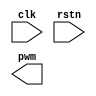
module pwn_gen (
    input   wire        clk     ,
    input   wire        rstn    ,

    output  wire        pwm
);

    parameter   MAX300  =   24'd1500_0000  ;
    parameter   Notes   =   6'd44          ;
    parameter   DO  	=   16'd47750	   ;//1
    parameter   RE  	=   16'd42550	   ;//2
    parameter   MI  	=   16'd37900	   ;//3
    parameter   FA  	=   16'd37550	   ;//4
    parameter   SO  	=   16'd31850	   ;//5
    parameter   LA      =   16'd28400	   ;//6
    parameter   XI      =   16'd25400	   ;//7
    
    reg     [23:0]      cnt_300     ;
    reg     [5:0]       cnt_note    ;
    reg     [15:0]      cnt_freq    ;
    reg     [5:0]       lut_data    ;

    always @(posedge clk or negedge rstn) begin
        if(!rstn) begin
            cnt_300 <= 24'd0;
        end
        else if(cnt_300 == MAX300 - 1'd1) begin
            cnt_300 <= 24'd0;
        end
        else begin
            cnt_300 <= cnt_300 + 1'd1;
        end
    end

always @(posedge clk or negedge rstn) begin
    if(!rstn) begin
        cnt_note <= 6'd0;
    end
    else if(cnt_note == Notes && cnt_300 == MAX300) begin
        cnt_note <= 6'd0;
    end
    else if(cnt_300 == MAX300) begin
        cnt_note <= cnt_note + 1'd1;
    end
    else begin
        cnt_note <= cnt_note;
    end
end


endmodule //pwn_gen